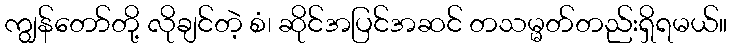
ကျွန်တော်တို့ လိုချင်တဲ့ စံ၊ ဆိုင်အပြင်အဆင် တသမ္မတ်တည်းရှိရမယ်။